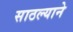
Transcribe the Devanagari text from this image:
साठल्याने